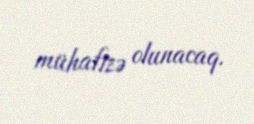
mühafizə olunacaq.